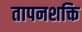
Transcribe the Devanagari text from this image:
तापनशक्ति